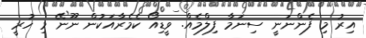
އިރު މި ފެންނަނީ ސިނަމާ ފިލްމެއް. ވީޑިއޯ ކެމެރާއަކުން ނޫނޭ މި ހުރީ